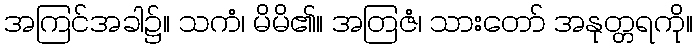
အကြင်အခါ၌။ သကံ၊ မိမိ၏။ အတြဇံ၊ သားတော် အနုတ္တရကို။